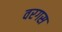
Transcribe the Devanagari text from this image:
वरगस